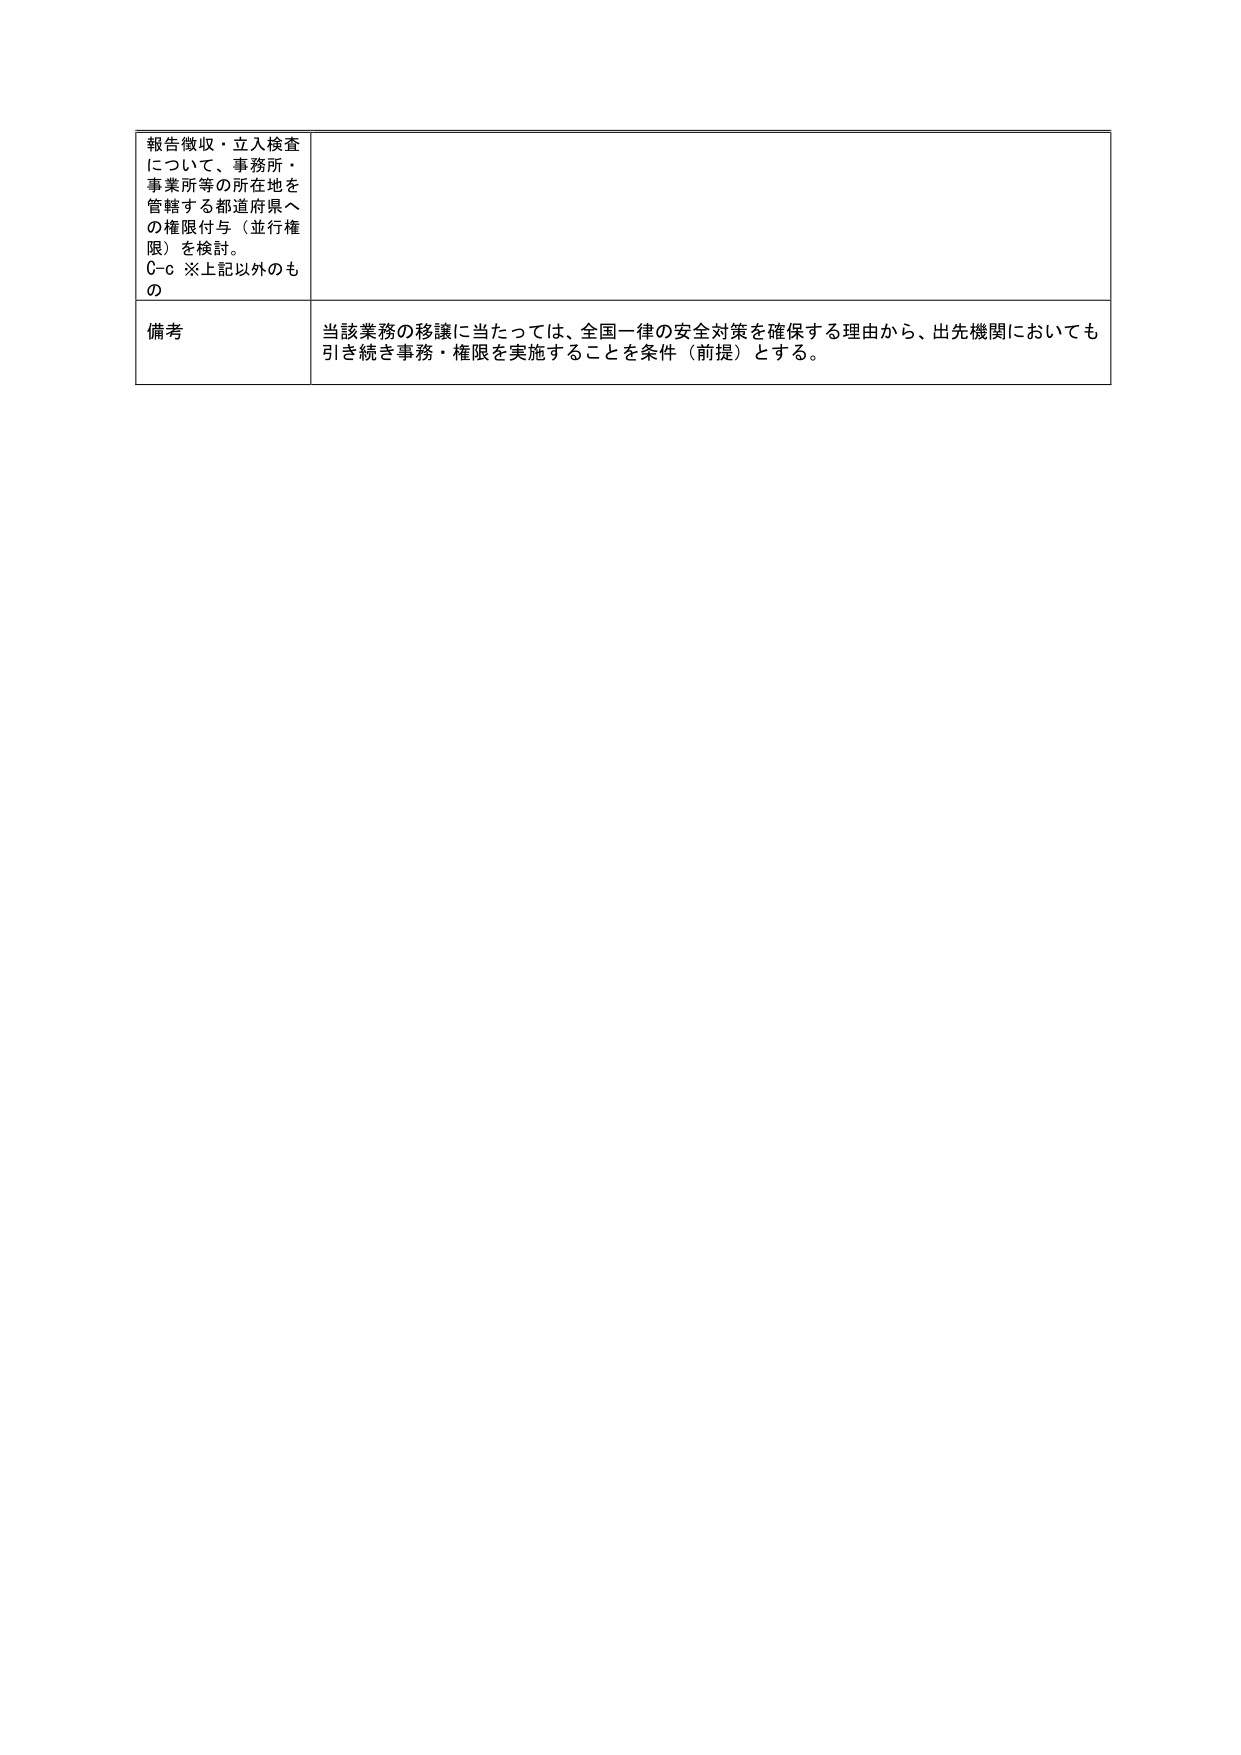
報告徴収・立入検査
について、事務所・
事業所等の所在地を
管轄する都道府県へ
の権限付与（並行権
限）を検討。
C-c ※上記以外のも
の

備考
当該業務の移譲に当たっては、全国一律の安全対策を確保する理由から、出先機関においても
引き続き事務・権限を実施することを条件（前提）とする。